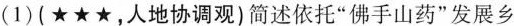
(1)(★★★，人地协调观)简述依托”佛手山药”发展乡